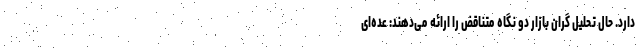
دارد. حال تحلیل گران بازار دو نگاه متناقض را ارائه می‌دهند: عده‌ای